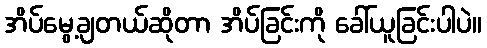
အိပ်မွေ့ချတယ်ဆိုတာ အိပ်ခြင်းကို ခေါ်ယူခြင်းပါပဲ။